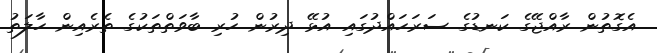
އެގޮތުން ރާއްޖޭގެ ކަނޑުގެ ސަރަހައްދުގައި އުޅޭ ދިރުން ހުރި ބާވަތްތަކުގެ ތެރެއިން ހާލަތު